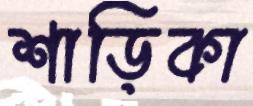
শাড়িকা